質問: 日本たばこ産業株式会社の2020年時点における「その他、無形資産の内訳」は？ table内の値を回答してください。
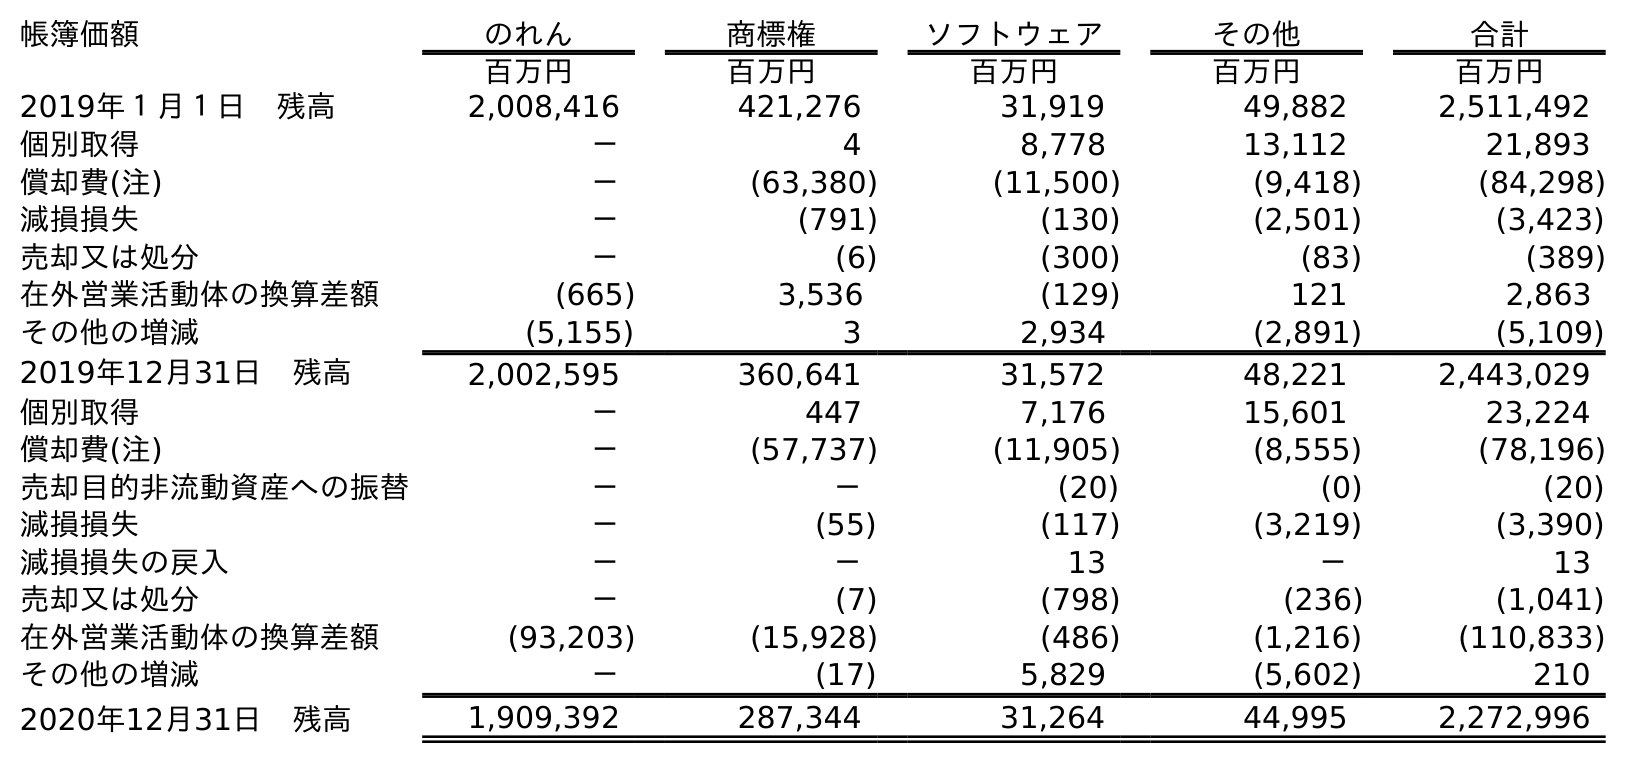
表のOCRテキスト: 帳簿価額 のれん 商標権 ソフトウェア その他 合計 百万円 百万円 百万円 百万円 百万円 2019年１月１日 残高 2,008,416 421,276 31,919 49,882 2,511,492 個別取得 － 4 8,778 13,112 21,893 償却費(注) － (63,380) (11,500) (9,418) (84,298) 減損損失 － (791) (130) (2,501) (3,423) 売却又は処分 － (6) (300) (83) (389) 在外営業活動体の換算差額 (665) 3,536 (129) 121 2,863 その他の増減 (5,155) 3 2,934 (2,891) (5,109) 2019年12月31日 残高 2,002,595 360,641 31,572 48,221 2,443,029 個別取得 － 447 7,176 15,601 23,224 償却費(注) － (57,737) (11,905) (8,555) (78,196) 売却目的非流動資産への振替 － － (20) (0) (20) 減損損失 － (55) (117) (3,219) (3,390) 減損損失の戻入 － － 13 － 13 売却又は処分 － (7) (798) (236) (1,041) 在外営業活動体の換算差額 (93,203) (15,928) (486) (1,216) (110,833) その他の増減 － (17) 5,829 (5,602) 210 2020年12月31日 残高 1,909,392 287,344 31,264 44,995 2,272,996
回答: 44,995